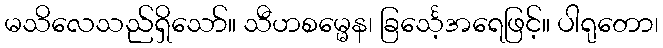
မသိလေသည်ရှိသော်။ သီဟစမ္မေန၊ ခြင်္သေ့အရေဖြင့်။ ပါရုတော၊